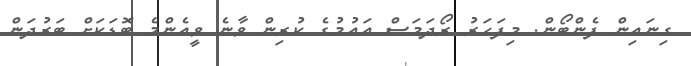
ގިނައިން ފެންބޯން. މިފަހަރު ރޯދަމަސް އައުމުގެ ކުރިން ވާނެ ވީއެންމެ ބޮޑަކަށް ބަރުދަން